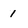
Character: 1